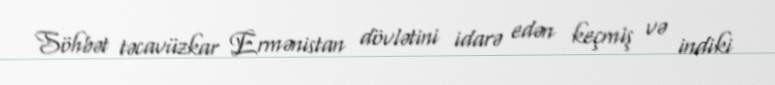
Söhbət təcavüzkar Ermənistan dövlətini idarə edən keçmiş və indiki